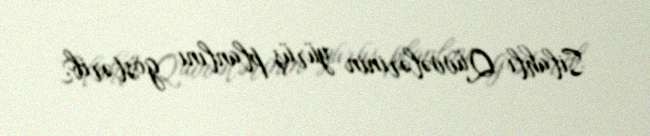
Silahlı Qüvvələrinin yürüş planlını göstərib.